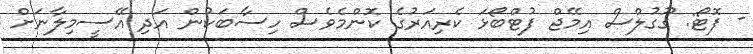
- ފޮޓޯ: ގޫގުލްސް އިމޭޖް ފުޓްބޯޅަ ކެރިއަރުގެ ކޮންމެވެސް ހިސާބަކުން އަދި އޭސީމިލާނަށް